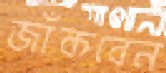
জাঁকবেন